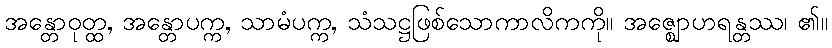
အန္တောဝုတ္ထ, အန္တောပက္က, သာမံပက္က, သံသဋ္ဌဖြစ်သောကာလိကကို။ အဇ္ဈောဟရန္တဿ၊ ၏။